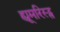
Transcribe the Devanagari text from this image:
ह्यूमरिस्ट्स